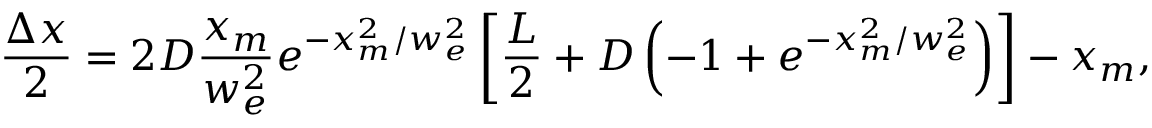
\frac { \Delta x } { 2 } = 2 D \frac { x _ { m } } { w _ { e } ^ { 2 } } e ^ { - x _ { m } ^ { 2 } / w _ { e } ^ { 2 } } \left[ \frac { L } { 2 } + D \left( - 1 + e ^ { - x _ { m } ^ { 2 } / w _ { e } ^ { 2 } } \right) \right] - x _ { m } ,